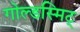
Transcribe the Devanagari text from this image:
गोल्डस्मिट्